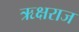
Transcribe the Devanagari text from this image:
ऋक्षराज